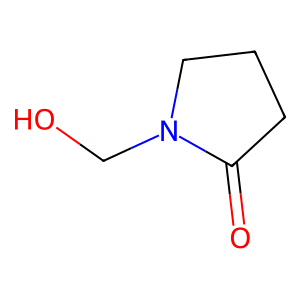
SMILES: O=C1CCCN1CO
Inhibits HIV replication: No